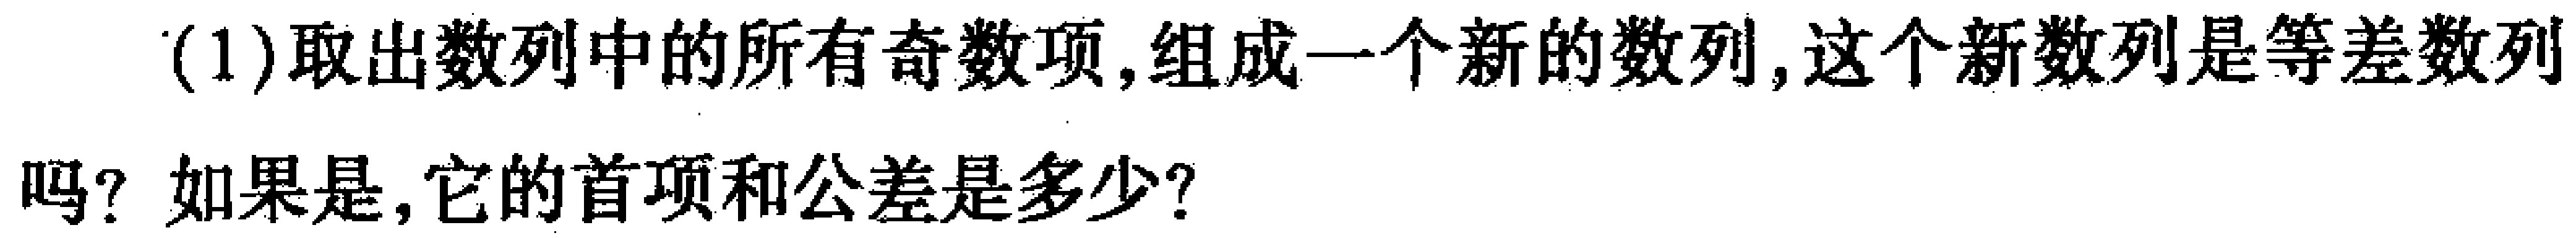
(1)取出数列中的所有奇数项,组成一个新的数列,这个新数列是等差数列吗？如果是,它的首项和公差是多少？